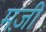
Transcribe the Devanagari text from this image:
मज़ी